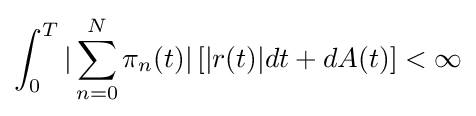
\int _{0}^{T}|\sum _{n=0}^{N}\pi _{n}(t)|\left[|r(t)|dt+dA(t)\right]<\infty